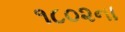
૧૮૦૨ના